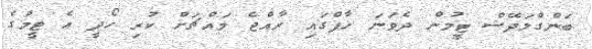
ބަންގްލަދޭޝް ޓީމުން ދެވަނަ ހާފްގައި ރާއްޖެ މައްޗަށް ކުރި ހޯދީ އެ ޓީމުގެ